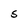
Character: S